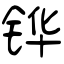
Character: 铧